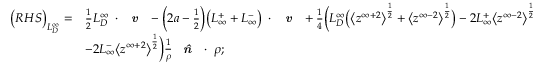
\begin{array} { r l } { \big ( R H S \big ) _ { L _ { D } ^ { \infty } } = } & { \frac { 1 } { 2 } L _ { D } ^ { \infty } \mathbf { \nabla } \cdot \textbf { \emph { v } } - \Big ( 2 a - \frac { 1 } { 2 } \Big ) \big ( L _ { \infty } ^ { + } + L _ { \infty } ^ { - } \big ) \mathbf { \nabla } \cdot \textbf { \emph { v } } + \frac { 1 } { 4 } \Big ( L _ { D } ^ { \infty } \big ( \big < z ^ { \infty + 2 } \big > ^ { \frac { 1 } { 2 } } + \big < z ^ { \infty - 2 } \big > ^ { \frac { 1 } { 2 } } \big ) - 2 L _ { \infty } ^ { + } \big < z ^ { \infty - 2 } \big > ^ { \frac { 1 } { 2 } } } \\ & { - 2 L _ { \infty } ^ { - } \big < z ^ { \infty + 2 } \big > ^ { \frac { 1 } { 2 } } \Big ) \frac { 1 } { \rho } \textbf { \emph { \^ n } } \cdot \mathbf { \nabla } \rho ; } \end{array}